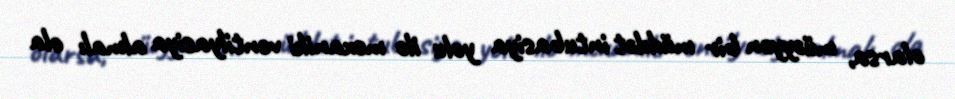
olarsa, müəyyən bir müddət intubasiya yolu ilə mexaniki ventilyasiya almalı ola